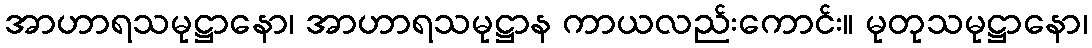
အာဟာရသမုဋ္ဌာနော၊ အာဟာရသမုဋ္ဌာန ကာယလည်းကောင်း။ မုတုသမုဋ္ဌာနော၊